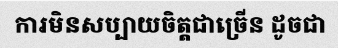
ការមិនសប្បាយចិត្តជាច្រើន ដូចជា